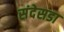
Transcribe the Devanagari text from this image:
संदेसडा